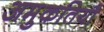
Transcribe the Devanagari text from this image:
अमुकतियौ